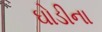
ઘોડીના